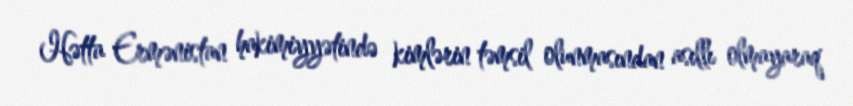
Hətta Ermənistan hakimiyyətində kimlərin təmsil olunmasından asıllı olmayaraq